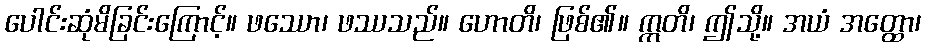
ပေါင်းဆုံမိခြင်းကြောင့်။ ဖဿော၊ ဖဿသည်။ ဟောတိ၊ ဖြစ်၏။ ဣတိ၊ ဤသို့။ အယံ အတ္ထော၊